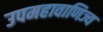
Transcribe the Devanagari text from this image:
उपमहावाणिज्य